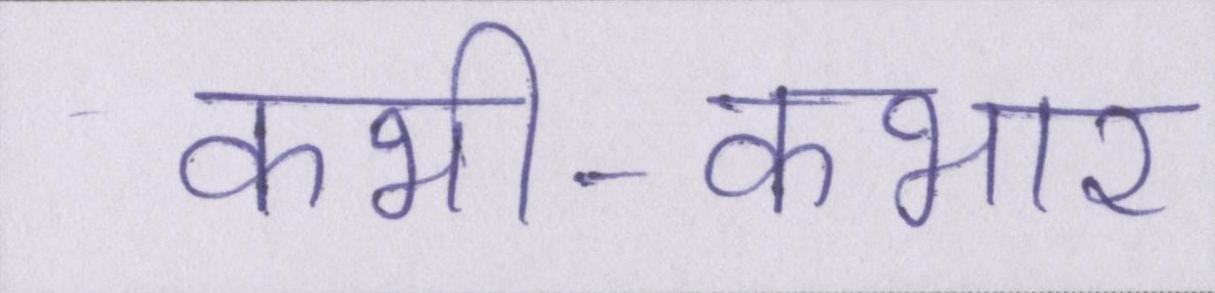
कभी-कभार